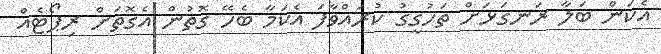
އެކަން ބަލާ ރަނގަޅަށް ތަހުގީގު ކުރައްވާފަ އެކަމާ ބެހޭ ގޮތުން އެގޮތަށް ރިޕޯޓެއް